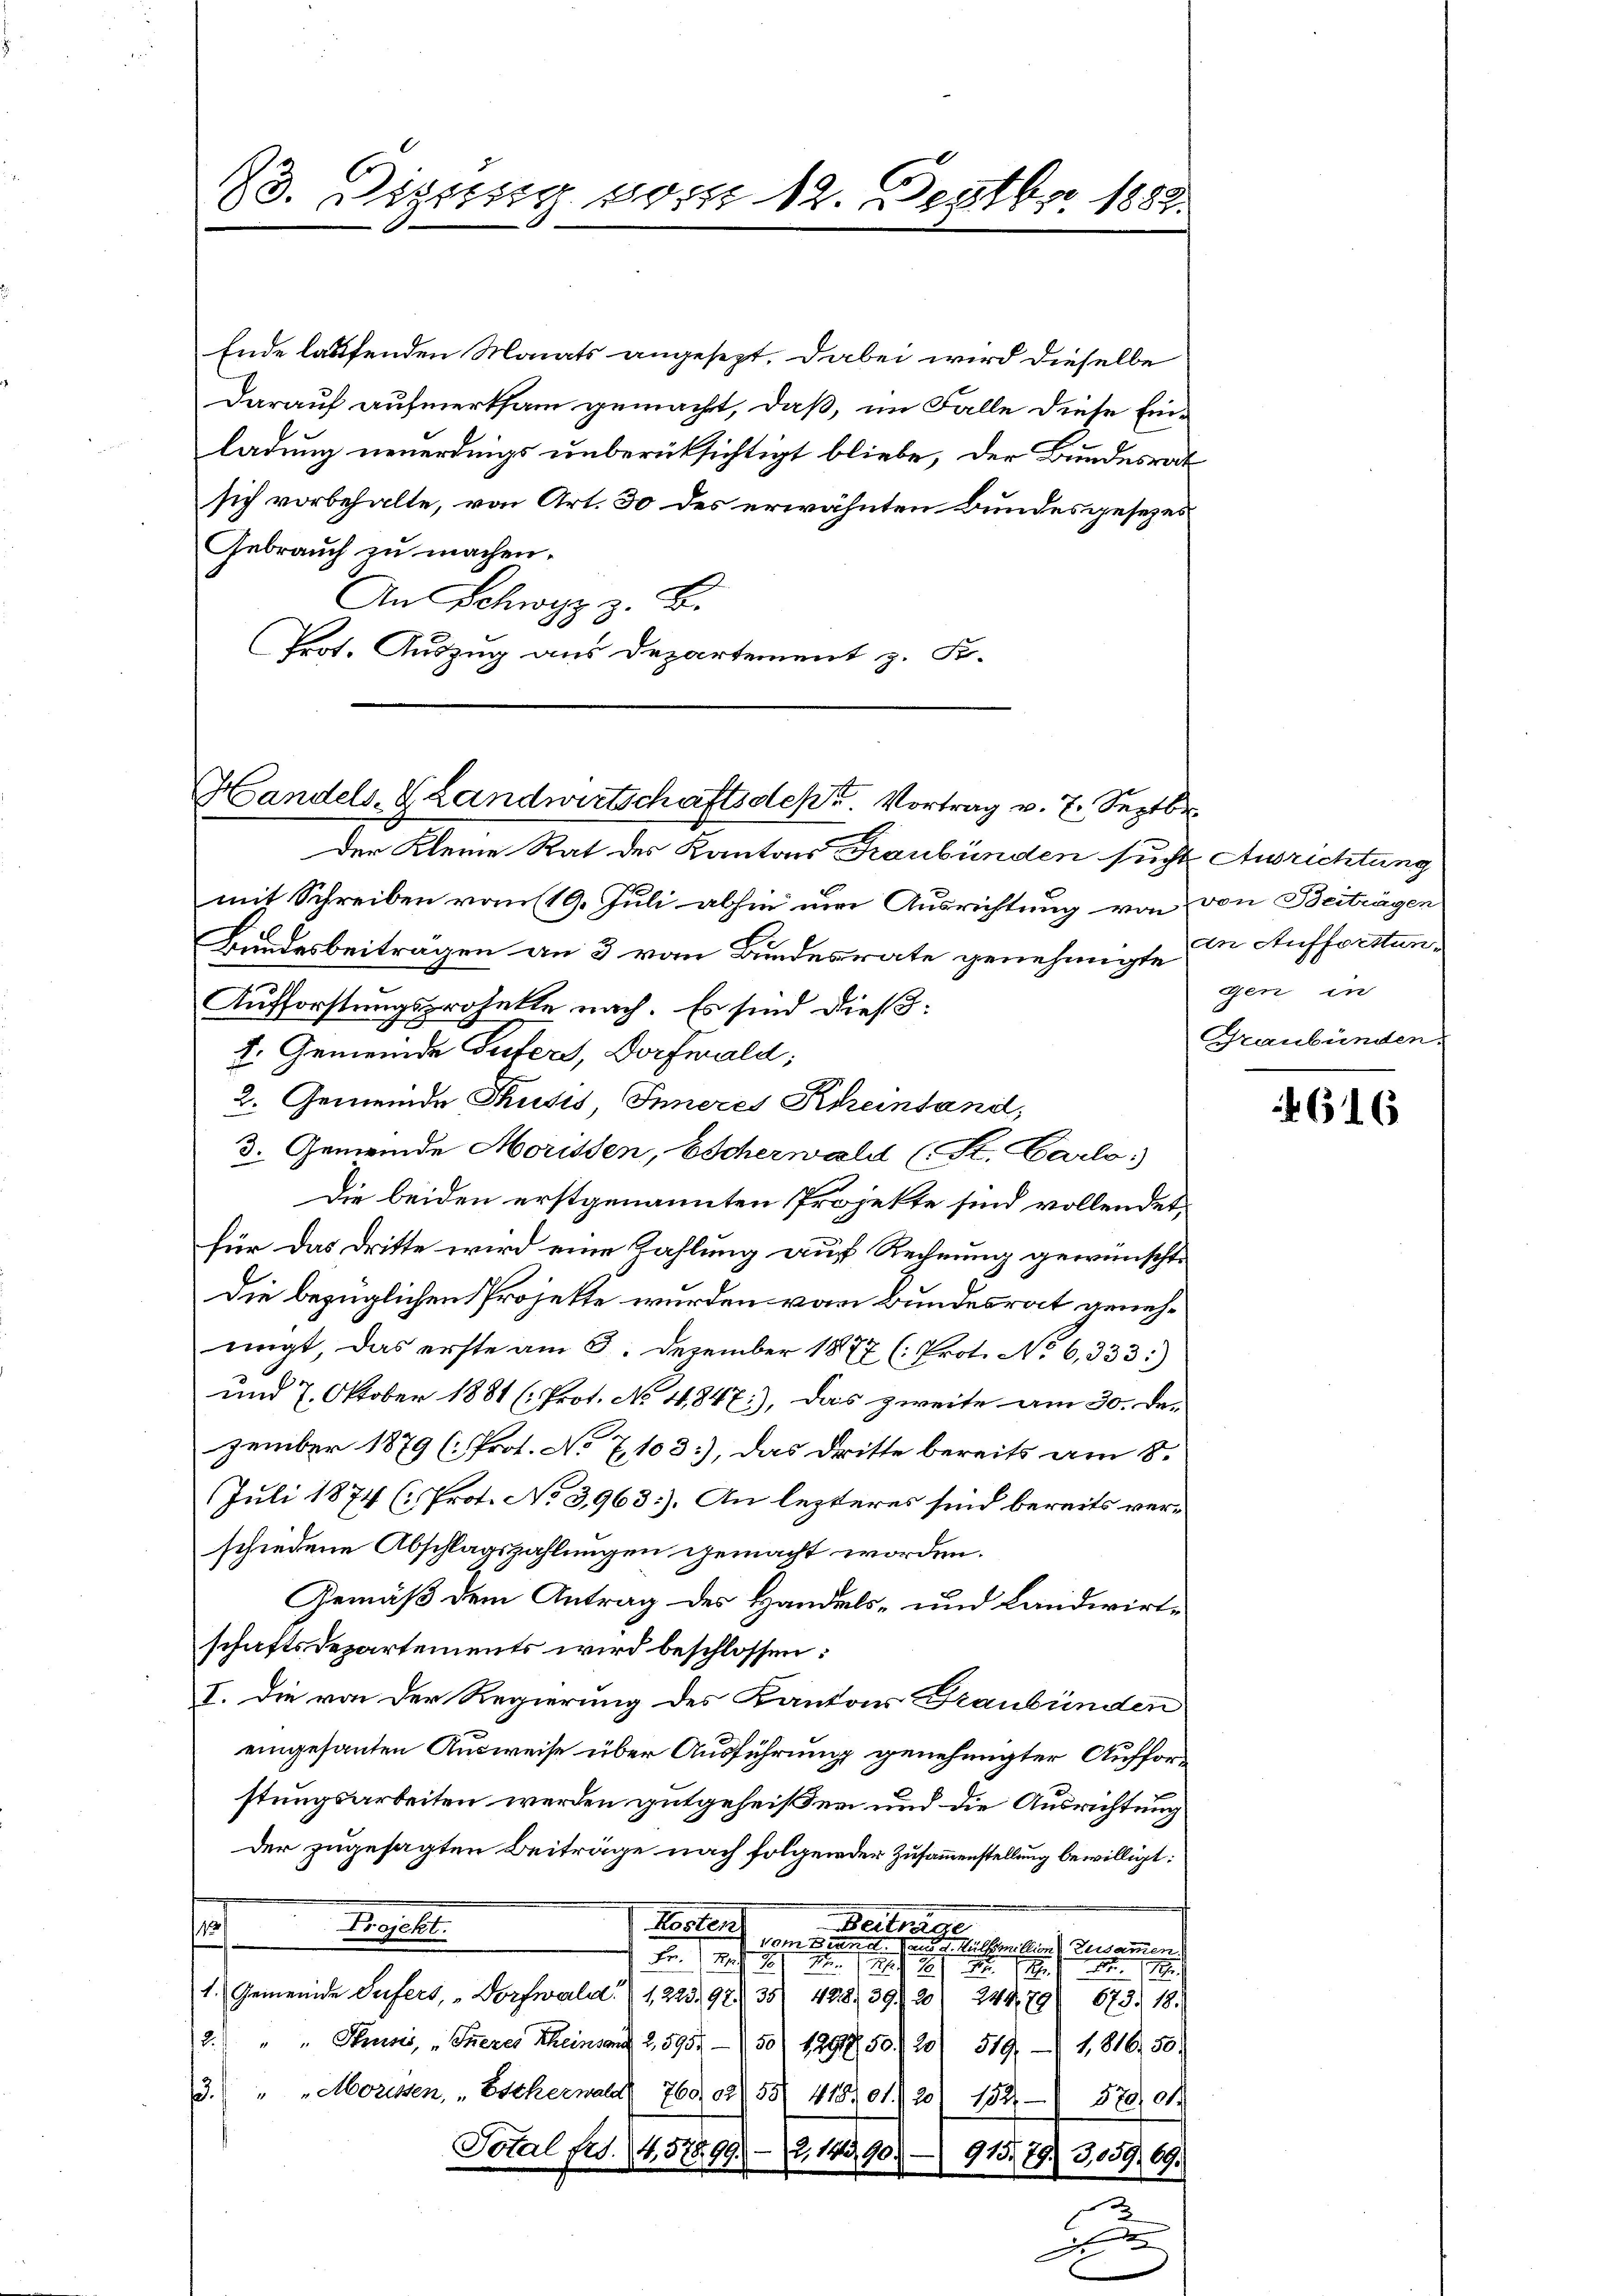
23. Diszig vom 12. Septbr. 1882

Ende laufenden Monats angesezt. Dabei wird dieselbe
Darauf aufmerksam gemacht, daß, im Falle diese Ein-
ladung neuerdings unberücksichtigt bliebe, der Bundesrat
sich vorbehalte, von Art. 30 des erwähnten Bundesgesezes
Gebrauch zu machen.
An Schwyz z. B.
Prot. Auszug aus Departement z. F.

Handels- Landwirtschaftsdest. Vortrag v. 7. Septbr.

Der Kleine Rat des Kantons Graubünden sucht Ausrichtung
mit Schreiben vom 19. Juli abhin um Ausrichtung von von Beiträgen
Bundesbeitragen an 3 von Bundesrate genehmigt. In Aufforsten-
Aufforstungsprojekte nach. Es sind dieß:
4. Gemeinde Zufers, Dorfwald;
2. Gemeinde Thusis, Inneres Scheinland,
3. Gemeinde Morissen, Escherwald (S. Carlo:
Die beiden erstgenannten Projekte sind vollendet
für das dritte wird eine Zahlung auf Rechnung gewünscht.
Die bezüglichen Projekte wurden vom Bundesrat genehnigt, das erste am 3. Dezember 1877 (: Prot. No 6,333)
und 7. Oktober 1881 (: Prot. No 4847), das zweite am 30. De-
zember 1879 (Prot. No 7103), das Dritte bereits am 8.
Juli 1874 (Prot. No 3963). An lezteres sind bereits verschiedene Abschlagszahlungen gemacht worden.
Gemäß dem Antrag des Handels- und Landwirtschaftsdepartements wird beschlossen:
I. Die von der Regierung des Kantons Graubünden
eingesanten Ausweise über Ausführung genehmigter Auffor-
stungsarbeiten werden gutgeheißen und die Ausrichtung
der zugesagten Beiträge nach folgender Zusammenstellung bewilligt:
Kostens
Beitrage
Majest
e
Vom Bern d. Hülfsmillem Zusammen.
Fr. 1 S. 21 No 115. 12. 14. d.
1. Gemeinde Seifers, Dorfwald d. 1, 223. 92. 35) 428. 39. 20) 24479
673. 18.
2. " " Stui, „Theres Theinand 2,5951) 50/ 1299, 50 (20) 519, 1816. 50.
3.) " "Mouissen, „Escherwald 76002 55/ 41801. 20) 152.
870/04
Total Fr. 4. 57899.- 2. 14390. 915, 79) 3,059 69.
x
C
e
x

gen in
Graubünden.

616